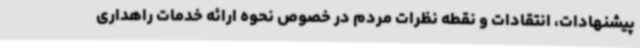
پیشنهادات، انتقادات و نقطه نظرات مردم در خصوص نحوه ارائه خدمات راهداری